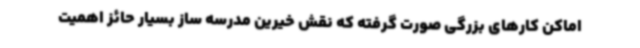
اماکن کارهای بزرگی صورت گرفته که نقش خیرین مدرسه ساز بسیار حائز اهمیت